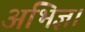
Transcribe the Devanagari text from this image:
अभिज्ञ।